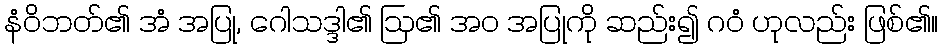
နံဝိဘတ်၏ အံ အပြု, ဂေါသဒ္ဒါ၏ ဩ၏ အဝ အပြုကို ဆည်း၍ ဂဝံ ဟုလည်း ဖြစ်၏။